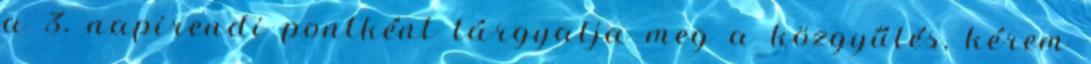
a 3. napirendi pontként tárgyalja meg a közgyűlés, kérem